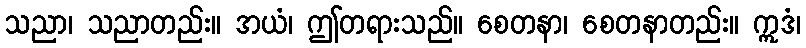
သညာ၊ သညာတည်း။ အယံ၊ ဤတရားသည်။ စေတနာ၊ စေတနာတည်း။ ဣဒံ၊